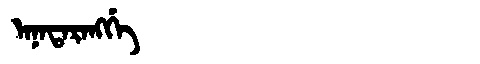
Manchu: ᠠᠨᠠᡨᠠᡵᠠᠩᡤᡝ
Romanization: ANATARANGGE